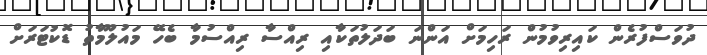
ދުވަސްފުރެން ކައިރިވުމުން ރަހިމަށް އަންނަ ބަދަލުތަކާއި ރިއްސާ ރިއްސުމާ ބެހޭ މައުލޫމާތު ޑޮކުޓަރަށް